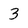
Character: 3